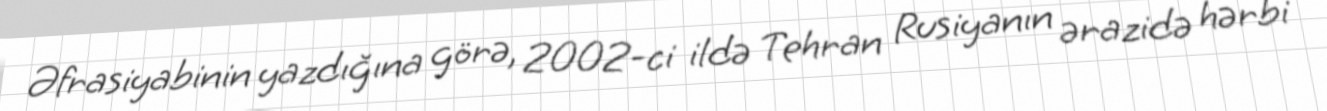
Əfrasiyabinin yazdığına görə, 2002-ci ildə Tehran Rusiyanın ərazidə hərbi